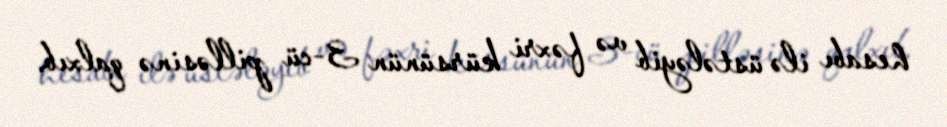
hesabı ilə üstələyib və fəxri kürsünün 3-cü pilləsinə qalxıb.